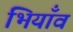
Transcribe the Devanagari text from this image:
भियाँव